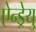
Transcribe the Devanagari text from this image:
ऐन्ड्रेयु